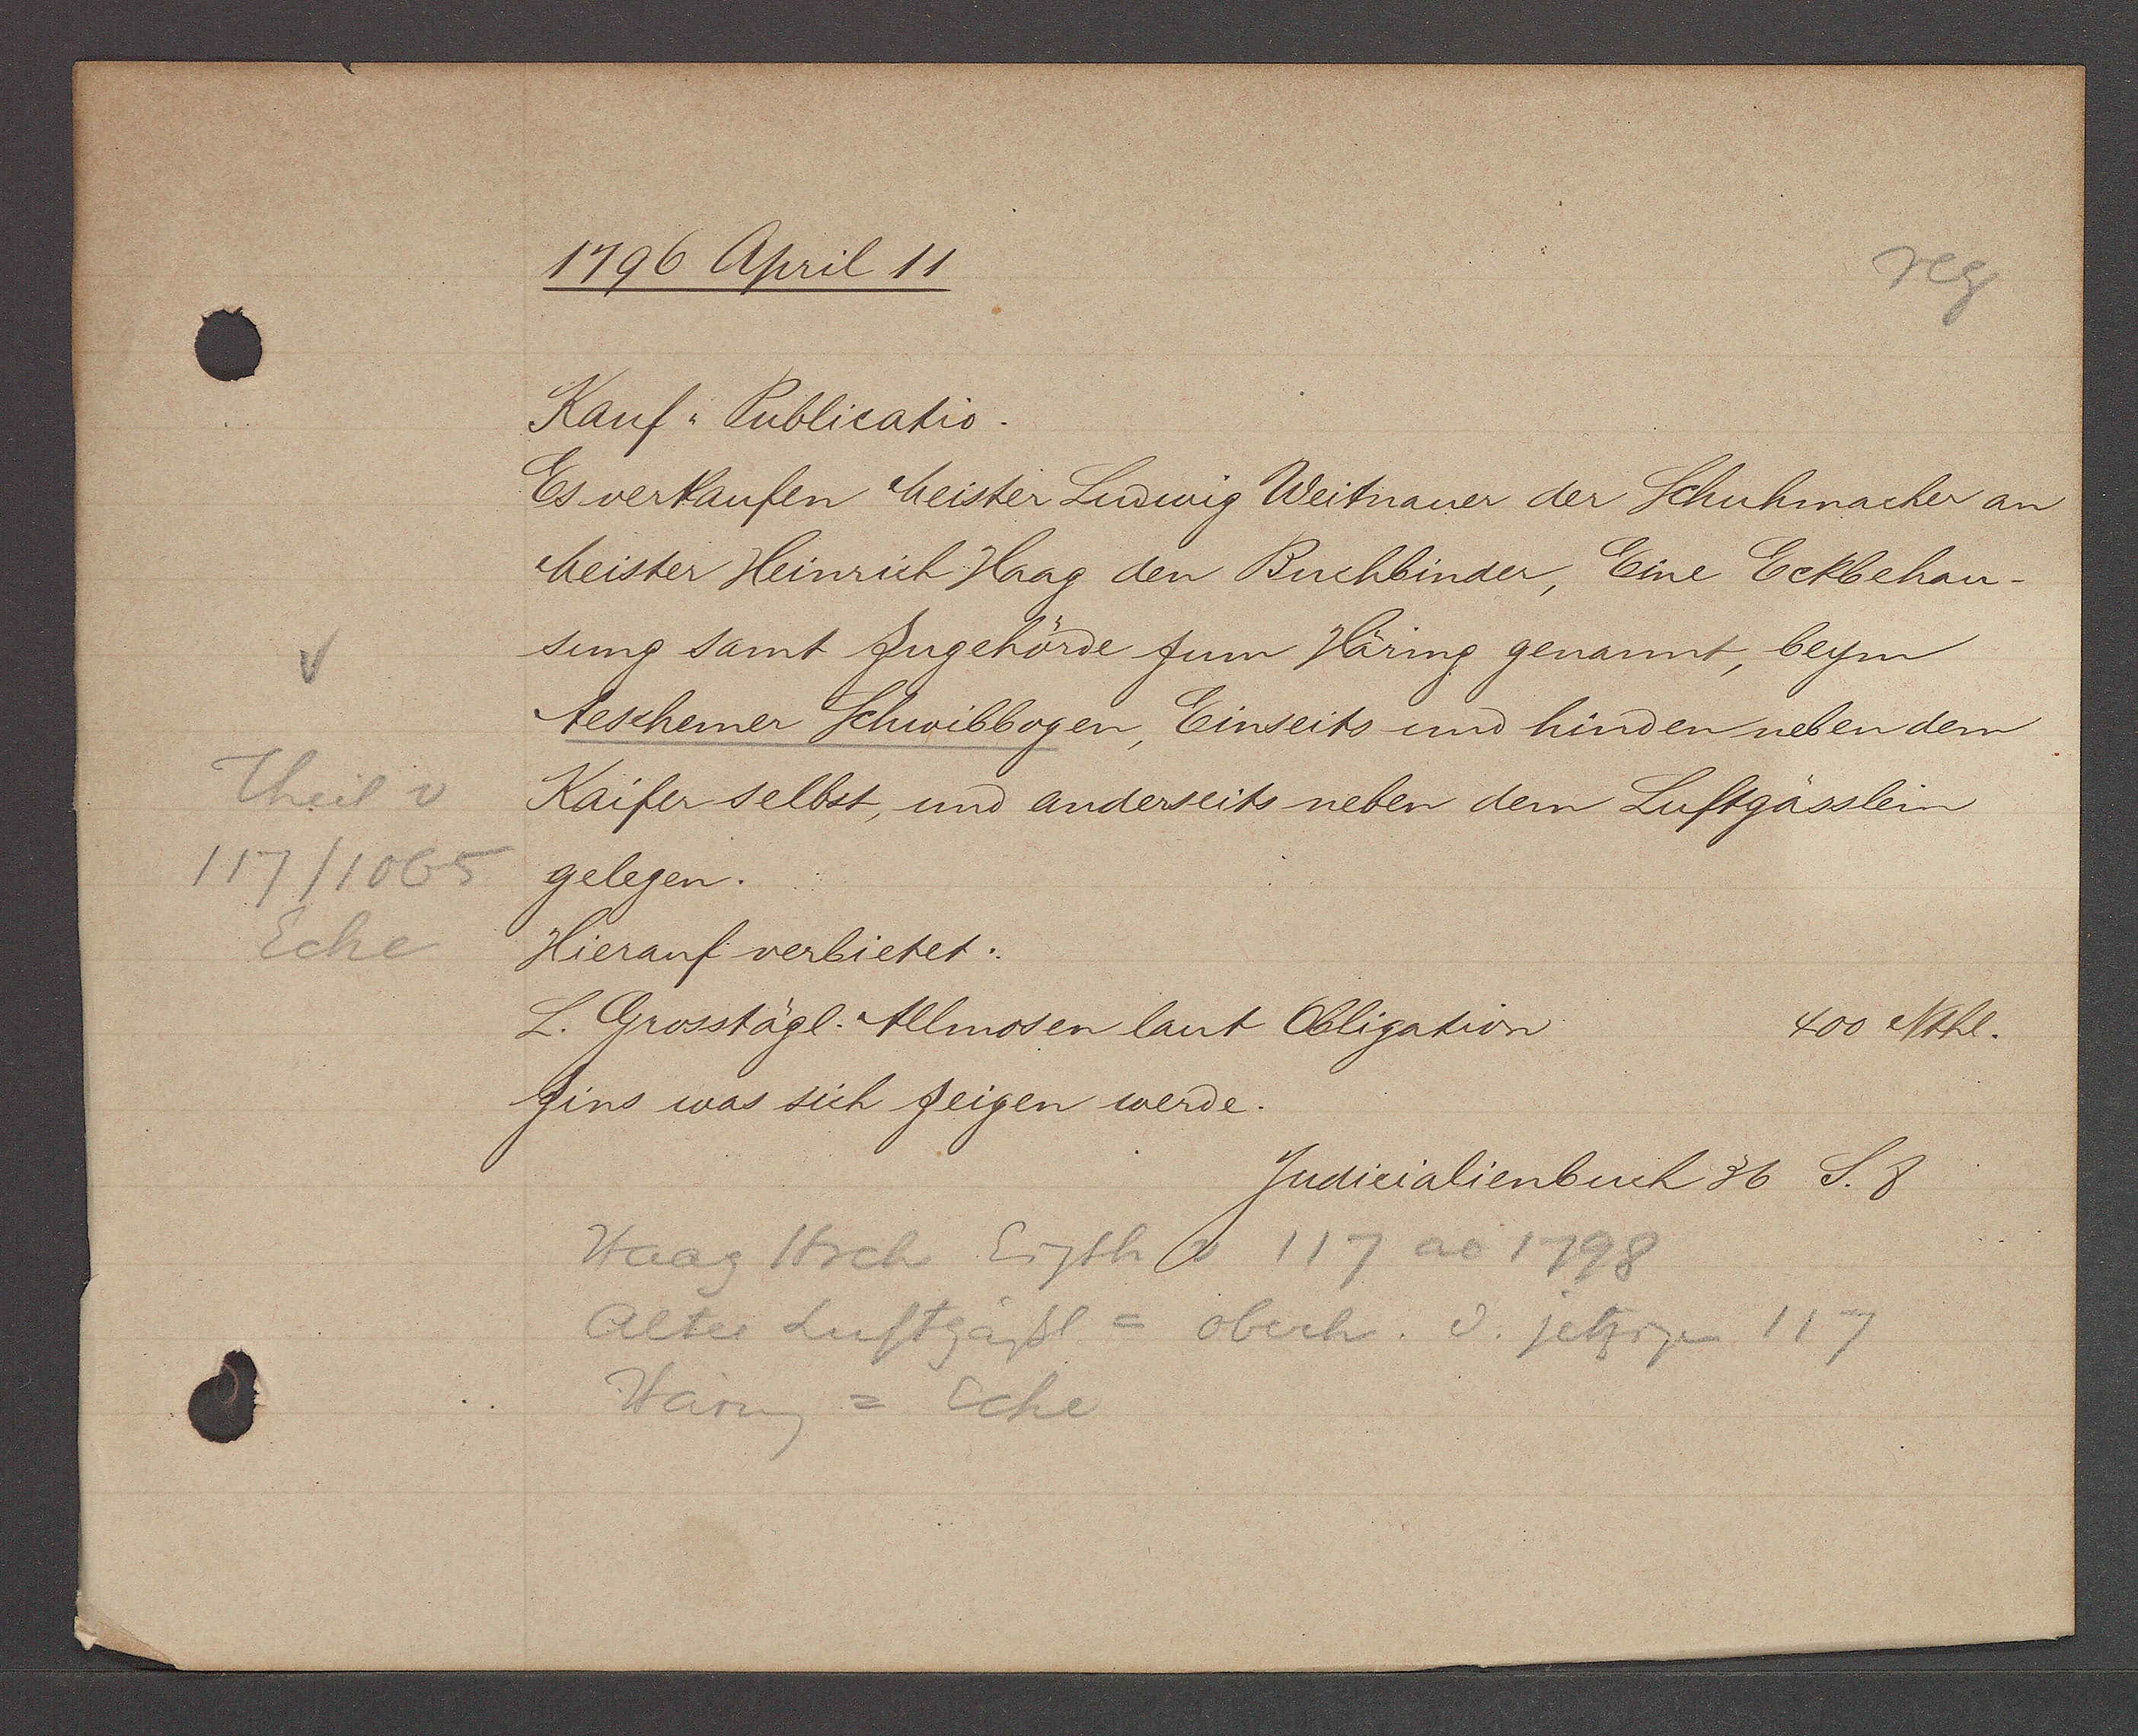
Transcript:
Theil v
117/1065
Ecke

1796 April 11

Kauf Publicatio.
Es verkaufen Meister Ludwig Weitnauer der Schuhmacher an
Meister Heinrich Haag den Buchbinder, Eine Eckbehau¬
sung samt Zugehörde zum Häring genannt, beym
Aeschemer Schuvibbogen, Einseits und hinden neben dem
Kaifer selbst, und anderseits neben dem Luftgässlein
gelegen.
Hierauf verbietet:
L. Grosstägl. Allmosen laut Obligation
400 Nthl.
Zins was sich zeigen werde.

Judicialienbuch 36 S. 8

Haag Hrch Eigth v 117 ao 1798
Alter Luftgässl = oberh. v. jetzigen 117
Harng = Ecke